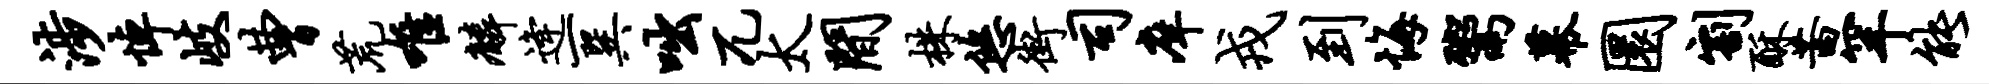
涉悼岐曹荒唯麟逄一巽咄兀太间株悠街司庠戎到悔鬻幕圜割酥茜罕能